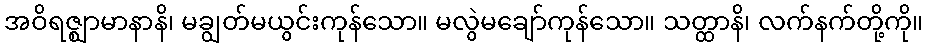
အဝိရဇ္ဈာမာနာနိ၊ မချွတ်မယွင်းကုန်သော။ မလွဲမချော်ကုန်သော။ သတ္ထာနိ၊ လက်နက်တို့ကို။